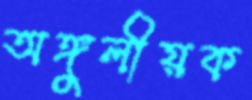
অঙ্গুলীয়ক